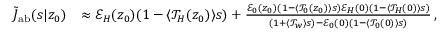
\begin{array} { r l } { \tilde { J } _ { \mathrm { { a b } } } ( s | z _ { 0 } ) } & { \approx \mathcal { E } _ { H } ( z _ { 0 } ) ( 1 - \langle \mathcal { T } _ { H } ( z _ { 0 } ) \rangle s ) + \frac { \mathcal { E } _ { 0 } ( z _ { 0 } ) ( 1 - \langle \mathcal { T } _ { 0 } ( z _ { 0 } ) \rangle s ) \mathcal { E } _ { H } ( 0 ) ( 1 - \langle \mathcal { T } _ { H } ( 0 ) \rangle s ) } { ( 1 + \langle \mathcal { T } _ { w } \rangle s ) - \mathcal { E } _ { 0 } ( 0 ) ( 1 - \langle \mathcal { T } _ { 0 } ( 0 ) \rangle s ) } \, , } \end{array}